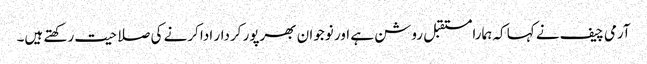
آرمی چیف نے کہا کہ ہمارامستقبل روشن ہے اور نوجوان بھرپور کردار ادا کرنے کی صلاحیت رکھتے ہیں۔